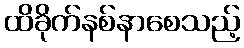
ထိခိုက်နစ်နာစေသည့်